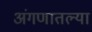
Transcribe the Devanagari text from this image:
अंगणातल्या